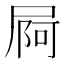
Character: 屙